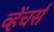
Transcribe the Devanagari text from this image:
व्हेंचर्स